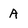
Character: A